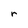
Character: r